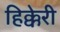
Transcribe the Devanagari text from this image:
हिक्केरी